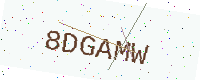
Text: 8DGAMW